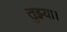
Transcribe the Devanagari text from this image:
तुझ्या।